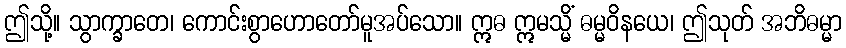
ဤသို့။ သွာက္ခာတေ၊ ကောင်းစွာဟောတော်မူအပ်သော။ ဣဓ ဣမသ္မိံ ဓမ္မဝိနယေ၊ ဤသုတ် အဘိဓမ္မာ